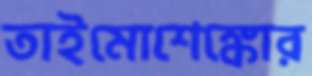
তাইমোশেঙ্কোর